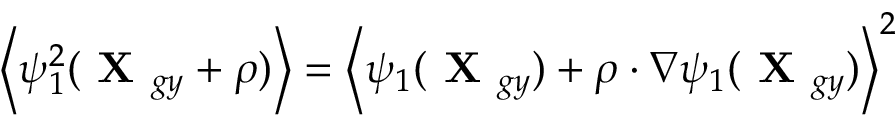
\left\langle \psi _ { 1 } ^ { 2 } ( \textbf { X } _ { g y } + \boldsymbol { \rho } ) \right\rangle = \left\langle \psi _ { 1 } ( \textbf { X } _ { g y } ) + \boldsymbol { \rho } \boldsymbol { \cdot } \nabla \psi _ { 1 } ( \textbf { X } _ { g y } ) \right\rangle ^ { 2 }